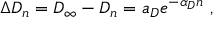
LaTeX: \Delta D _ { n } = D _ { \infty } - D _ { n } = a _ { D } e ^ { - \alpha _ { D } n } \ ,